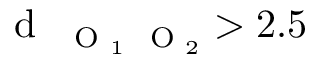
\textrm { d } _ { \mathrm { ~ \scriptsize ~ O ~ } _ { 1 } \mathrm { ~ \scriptsize ~ O ~ } _ { 2 } } > 2 . 5